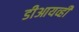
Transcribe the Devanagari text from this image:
डीआयव्ही